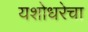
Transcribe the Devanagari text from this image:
यशोधरेचा